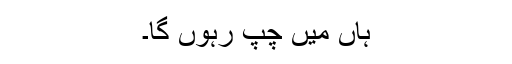
ہاں میں چپ رہوں گا۔